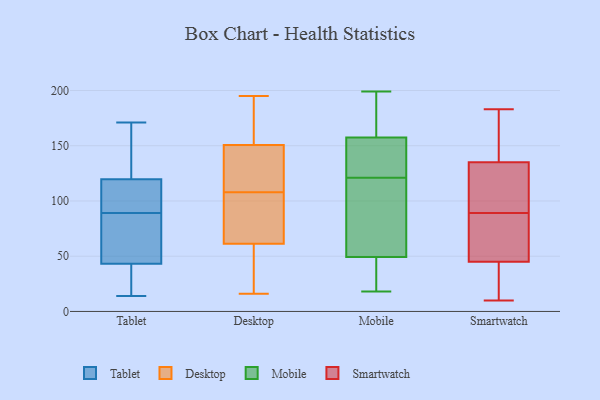
{"axis": {"x": "Headcount", "y": "Value"}, "legend": ["Desktop", "Mobile", "Smartwatch", "Tablet"], "data": [{"x": "", "y": 43, "type": "Tablet"}, {"x": "", "y": 92, "type": "Tablet"}, {"x": "", "y": 171, "type": "Tablet"}, {"x": "", "y": 36, "type": "Tablet"}, {"x": "", "y": 84, "type": "Tablet"}, {"x": "", "y": 134, "type": "Tablet"}, {"x": "", "y": 89, "type": "Tablet"}, {"x": "", "y": 120, "type": "Tablet"}, {"x": "", "y": 78, "type": "Tablet"}, {"x": "", "y": 14, "type": "Tablet"}, {"x": "", "y": 44, "type": "Tablet"}, {"x": "", "y": 14, "type": "Tablet"}, {"x": "", "y": 171, "type": "Tablet"}, {"x": "", "y": 104, "type": "Tablet"}, {"x": "", "y": 119, "type": "Tablet"}, {"x": "", "y": 107, "type": "Desktop"}, {"x": "", "y": 50, "type": "Desktop"}, {"x": "", "y": 105, "type": "Desktop"}, {"x": "", "y": 114, "type": "Desktop"}, {"x": "", "y": 195, "type": "Desktop"}, {"x": "", "y": 180, "type": "Desktop"}, {"x": "", "y": 56, "type": "Desktop"}, {"x": "", "y": 16, "type": "Desktop"}, {"x": "", "y": 185, "type": "Desktop"}, {"x": "", "y": 141, "type": "Desktop"}, {"x": "", "y": 108, "type": "Desktop"}, {"x": "", "y": 130, "type": "Desktop"}, {"x": "", "y": 63, "type": "Desktop"}, {"x": "", "y": 178, "type": "Mobile"}, {"x": "", "y": 145, "type": "Mobile"}, {"x": "", "y": 56, "type": "Mobile"}, {"x": "", "y": 176, "type": "Mobile"}, {"x": "", "y": 91, "type": "Mobile"}, {"x": "", "y": 47, "type": "Mobile"}, {"x": "", "y": 199, "type": "Mobile"}, {"x": "", "y": 121, "type": "Mobile"}, {"x": "", "y": 147, "type": "Mobile"}, {"x": "", "y": 93, "type": "Mobile"}, {"x": "", "y": 28, "type": "Mobile"}, {"x": "", "y": 161, "type": "Mobile"}, {"x": "", "y": 23, "type": "Mobile"}, {"x": "", "y": 32, "type": "Mobile"}, {"x": "", "y": 57, "type": "Mobile"}, {"x": "", "y": 127, "type": "Mobile"}, {"x": "", "y": 138, "type": "Mobile"}, {"x": "", "y": 184, "type": "Mobile"}, {"x": "", "y": 18, "type": "Mobile"}, {"x": "", "y": 39, "type": "Smartwatch"}, {"x": "", "y": 17, "type": "Smartwatch"}, {"x": "", "y": 82, "type": "Smartwatch"}, {"x": "", "y": 89, "type": "Smartwatch"}, {"x": "", "y": 183, "type": "Smartwatch"}, {"x": "", "y": 160, "type": "Smartwatch"}, {"x": "", "y": 130, "type": "Smartwatch"}, {"x": "", "y": 144, "type": "Smartwatch"}, {"x": "", "y": 47, "type": "Smartwatch"}, {"x": "", "y": 132, "type": "Smartwatch"}, {"x": "", "y": 80, "type": "Smartwatch"}, {"x": "", "y": 11, "type": "Smartwatch"}, {"x": "", "y": 108, "type": "Smartwatch"}, {"x": "", "y": 10, "type": "Smartwatch"}, {"x": "", "y": 63, "type": "Smartwatch"}, {"x": "", "y": 118, "type": "Smartwatch"}, {"x": "", "y": 155, "type": "Smartwatch"}]}